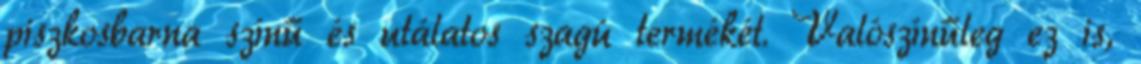
piszkosbarna színű és utálatos szagú termékét. Valószínűleg ez is,